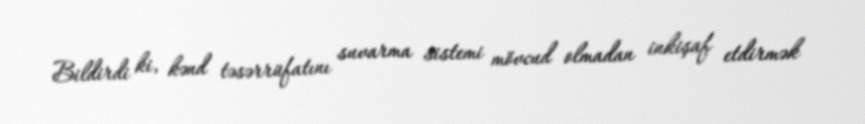
Bildirdi ki, kənd təsərrüfatını suvarma sistemi mövcud olmadan inkişaf etdirmək